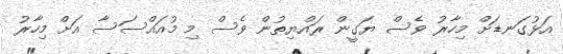
އަޅުގަނޑަށް މިހާރު ވެސް ޔަގީން ރައްޔިތުން ވެސް މި މުއައްސަސާ އަށް މިހާރު